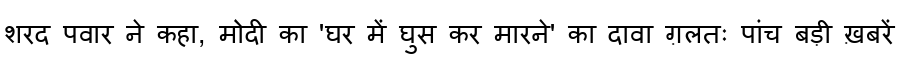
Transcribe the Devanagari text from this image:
शरद पवार ने कहा, मोदी का 'घर में घुस कर मारने' का दावा ग़लतः पांच बड़ी ख़बरें